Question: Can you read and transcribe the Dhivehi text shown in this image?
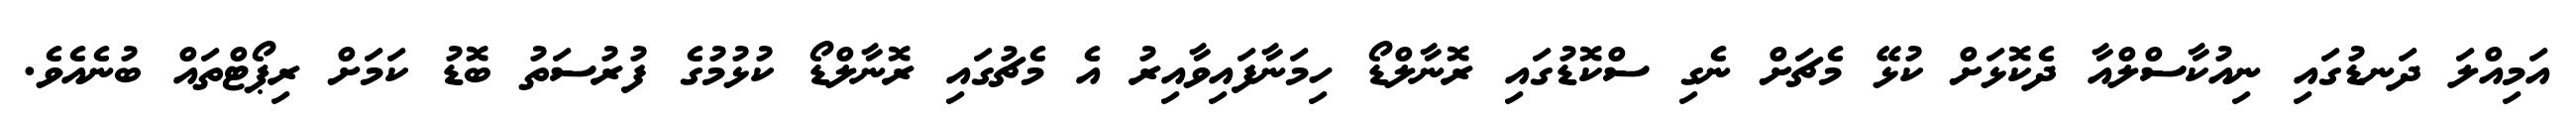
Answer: އަމިއްލަ ދަނޑުގައި ނިއުކާސްލްއާ ދެކޮޅަށް ކުޅޭ މެޗަށް ނެގި ސްކޮޑުގައި ރޮނާލްޑޯ ހިމަނާފައިވާއިރު އެ މެޗުގައި ރޮނާލްޑޯ ކުޅުމުގެ ފުރުސަތު ބޮޑު ކަމަށް ރިޕޯޓްތައް ބުނެއެވެ.